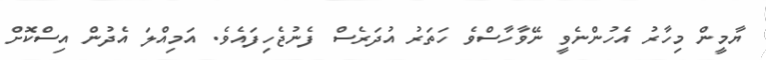
ޔާމީން މިހާރު އެހުންނެވީ ނޭވާހާސްވެ ހަތަރު އުދަރެސް ފެނުޖެހިފައެވެ. އަމިއްލަ އެދުން އިސްކޮށް